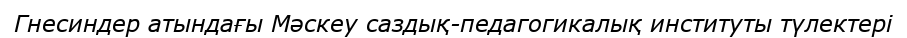
Гнесиндер атындағы Мәскеу саздық-педагогикалық институты түлектері